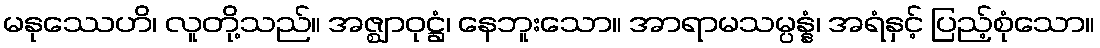
မနုဿေဟိ၊ လူတို့သည်။ အဇ္ဈာဝုဋ္ဌံ၊ နေဘူးသော။ အာရာမသမ္ပန္နံ၊ အရံနှင့် ပြည့်စုံသော။